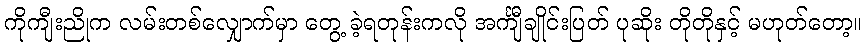
ကိုကျီးညိုက လမ်းတစ်လျှောက်မှာ တွေ့ ခဲ့ရတုန်းကလို အင်္ကျီချိုင်းပြတ် ပုဆိုး တိုတိုနှင့် မဟုတ်တော့။